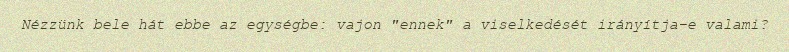
Nézzünk bele hát ebbe az egységbe: vajon "ennek" a viselkedését irányítja-e valami?